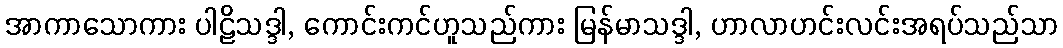
အာကာသောကား ပါဠိသဒ္ဒါ, ကောင်းကင်ဟူသည်ကား မြန်မာသဒ္ဒါ, ဟာလာဟင်းလင်းအရပ်သည်သာ